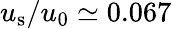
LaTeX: u_{\mathrm{s}}/u_{0}\simeq 0.067